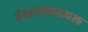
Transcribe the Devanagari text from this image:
इंस्ट्रक्शनअल